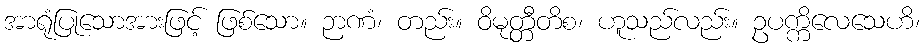
အာရုံပြုသောအားဖြင့် ဖြစ်သော။ ဉာဏံ၊ တည်း။ ဝိမုတ္တီတိစ၊ ဟူသည်လည်း။ ဥပက္ကိလေသေဟိ၊